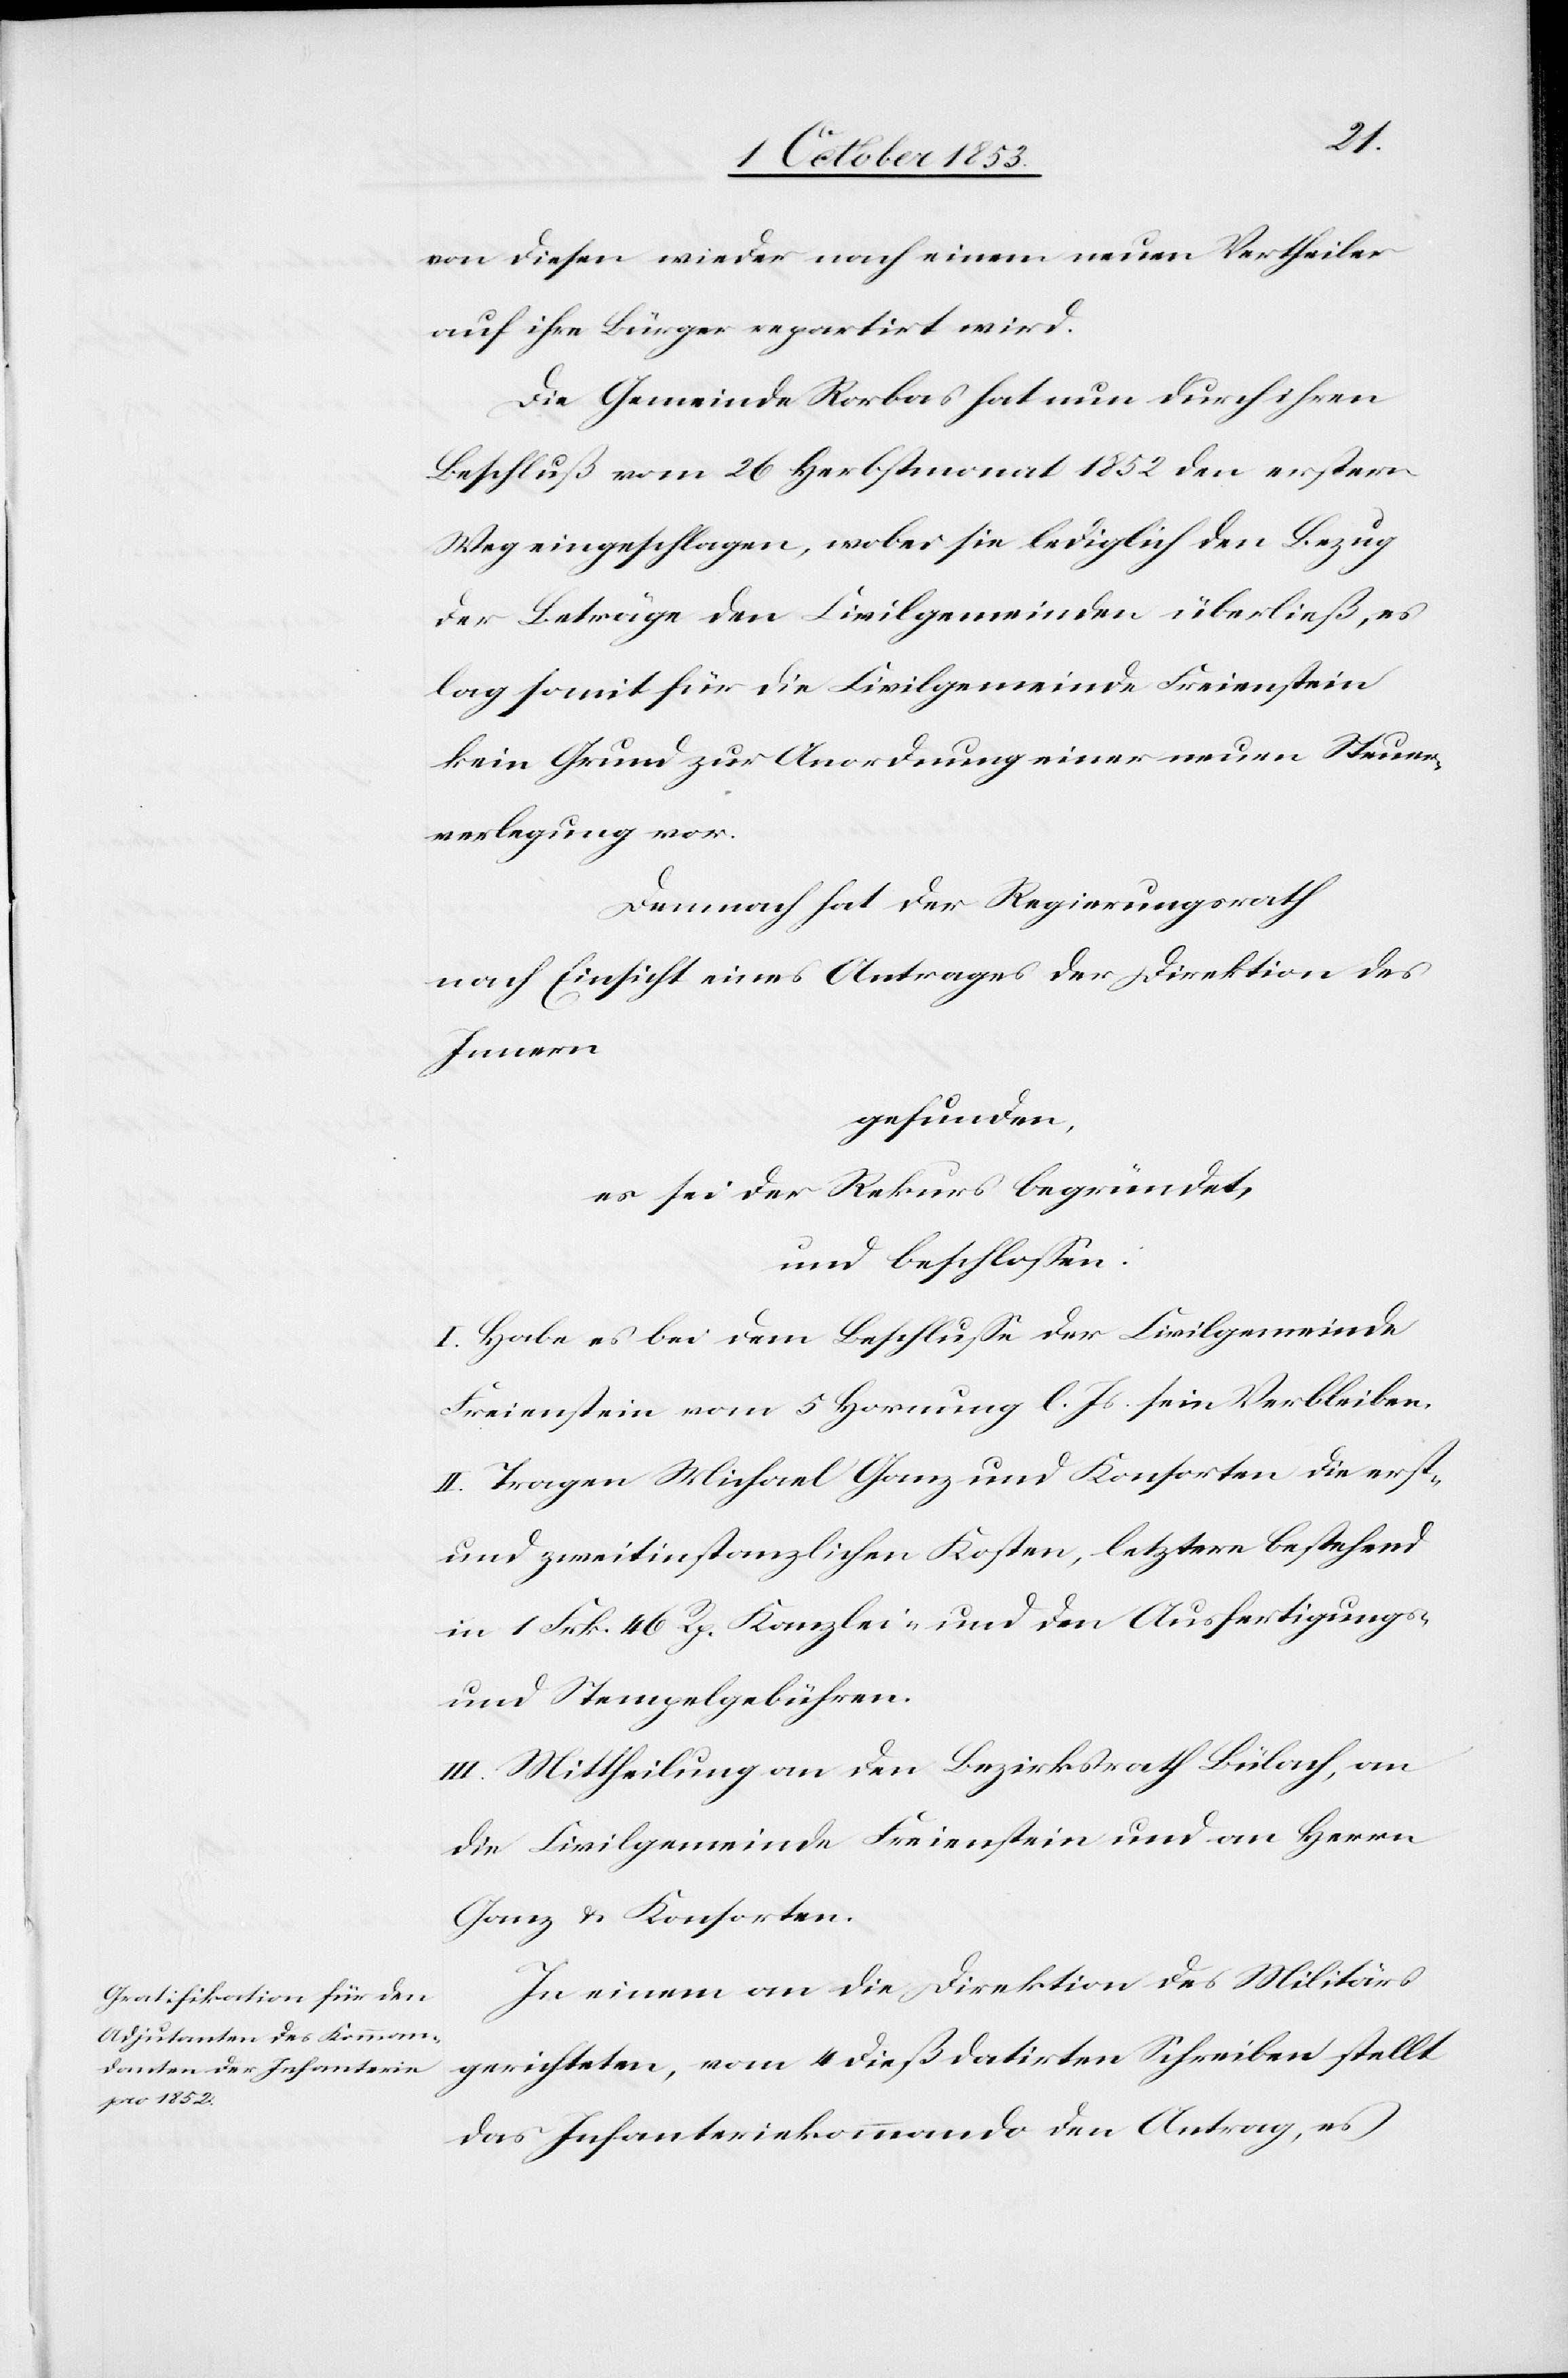
an diesen wieder nach einem neuen Vertheiler
auf ihre Bürger repartirt wird.
Die Gemeinde Rorbas hat nun durch ihren
Beschluß vom 26 Herbstmonat 1852 den erstern
Weg eingeschlagen, wobei sie lediglich den Bezug
der Beträge den Civilgemeinden überließ, es
lag somit für die Civilgemeinde Freienstein
kein Grund zur Anordnung einer neuen Steuer¬
verlegung vor.
Demnach hat der Regierungsrath
nach Einsicht eines Antrages der Direktion des
Innern,
gefunden,
es sei der Rekurs begründet,
und beschloßen:
I. Habe es bei dem Beschluße der Civilgemeinde
Freienstein vom 5 Hornung l. Js. sein Verbleiben.
II. Tragen Michael Ganz und Konsorten die erst-
und zweitinstanzlichen Kosten, letztere bestehend
in 1 Frk. 46 Rp. Kanzlei- und den Ausfertigungs-
u. Stempelgebühren.
III. Mittheilung an den Bezirksrath Bülach, an
die Civilgemeinde Freienstein und an Herrn
Ganz u. Konsorten.
In einem an die Direktion des Militärs
gerichteten, vom 4 dieß datirten Schreiben stellt
das Infanteriekommando den Antrag, es